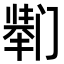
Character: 𫔸